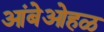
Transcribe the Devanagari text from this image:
आंबेओहळ